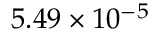
5 . 4 9 \times 1 0 ^ { - 5 }